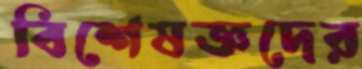
বিশেষজ্ঞদের